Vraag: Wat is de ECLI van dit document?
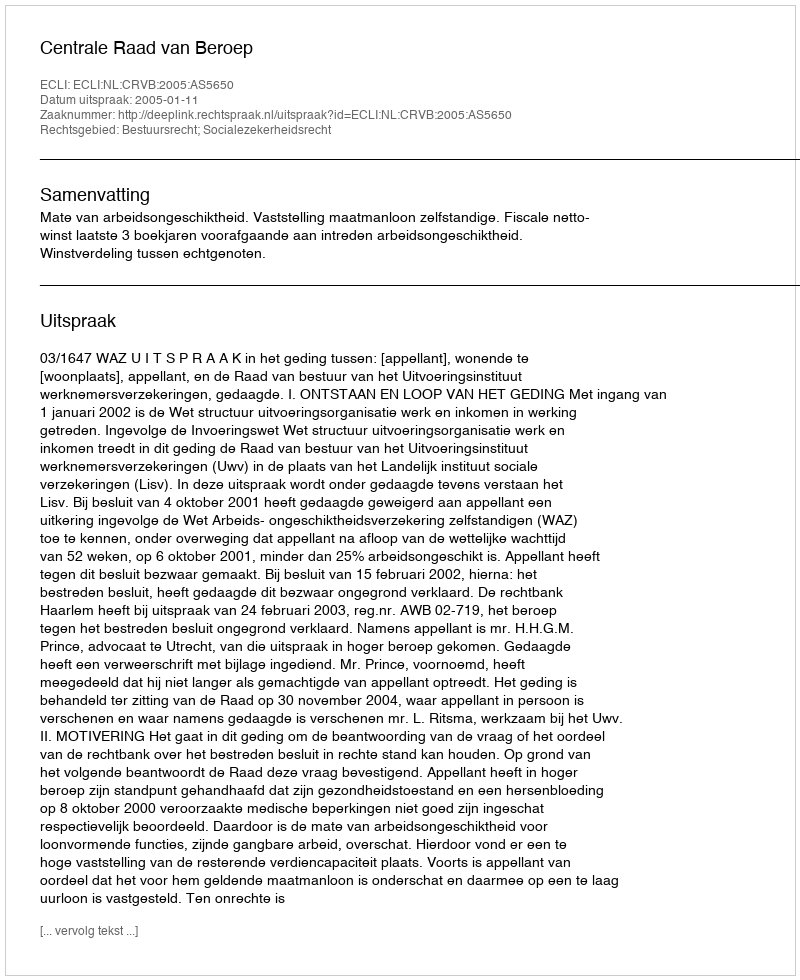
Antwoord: ECLI:NL:CRVB:2005:AS5650